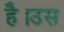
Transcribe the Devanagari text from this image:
है।उस